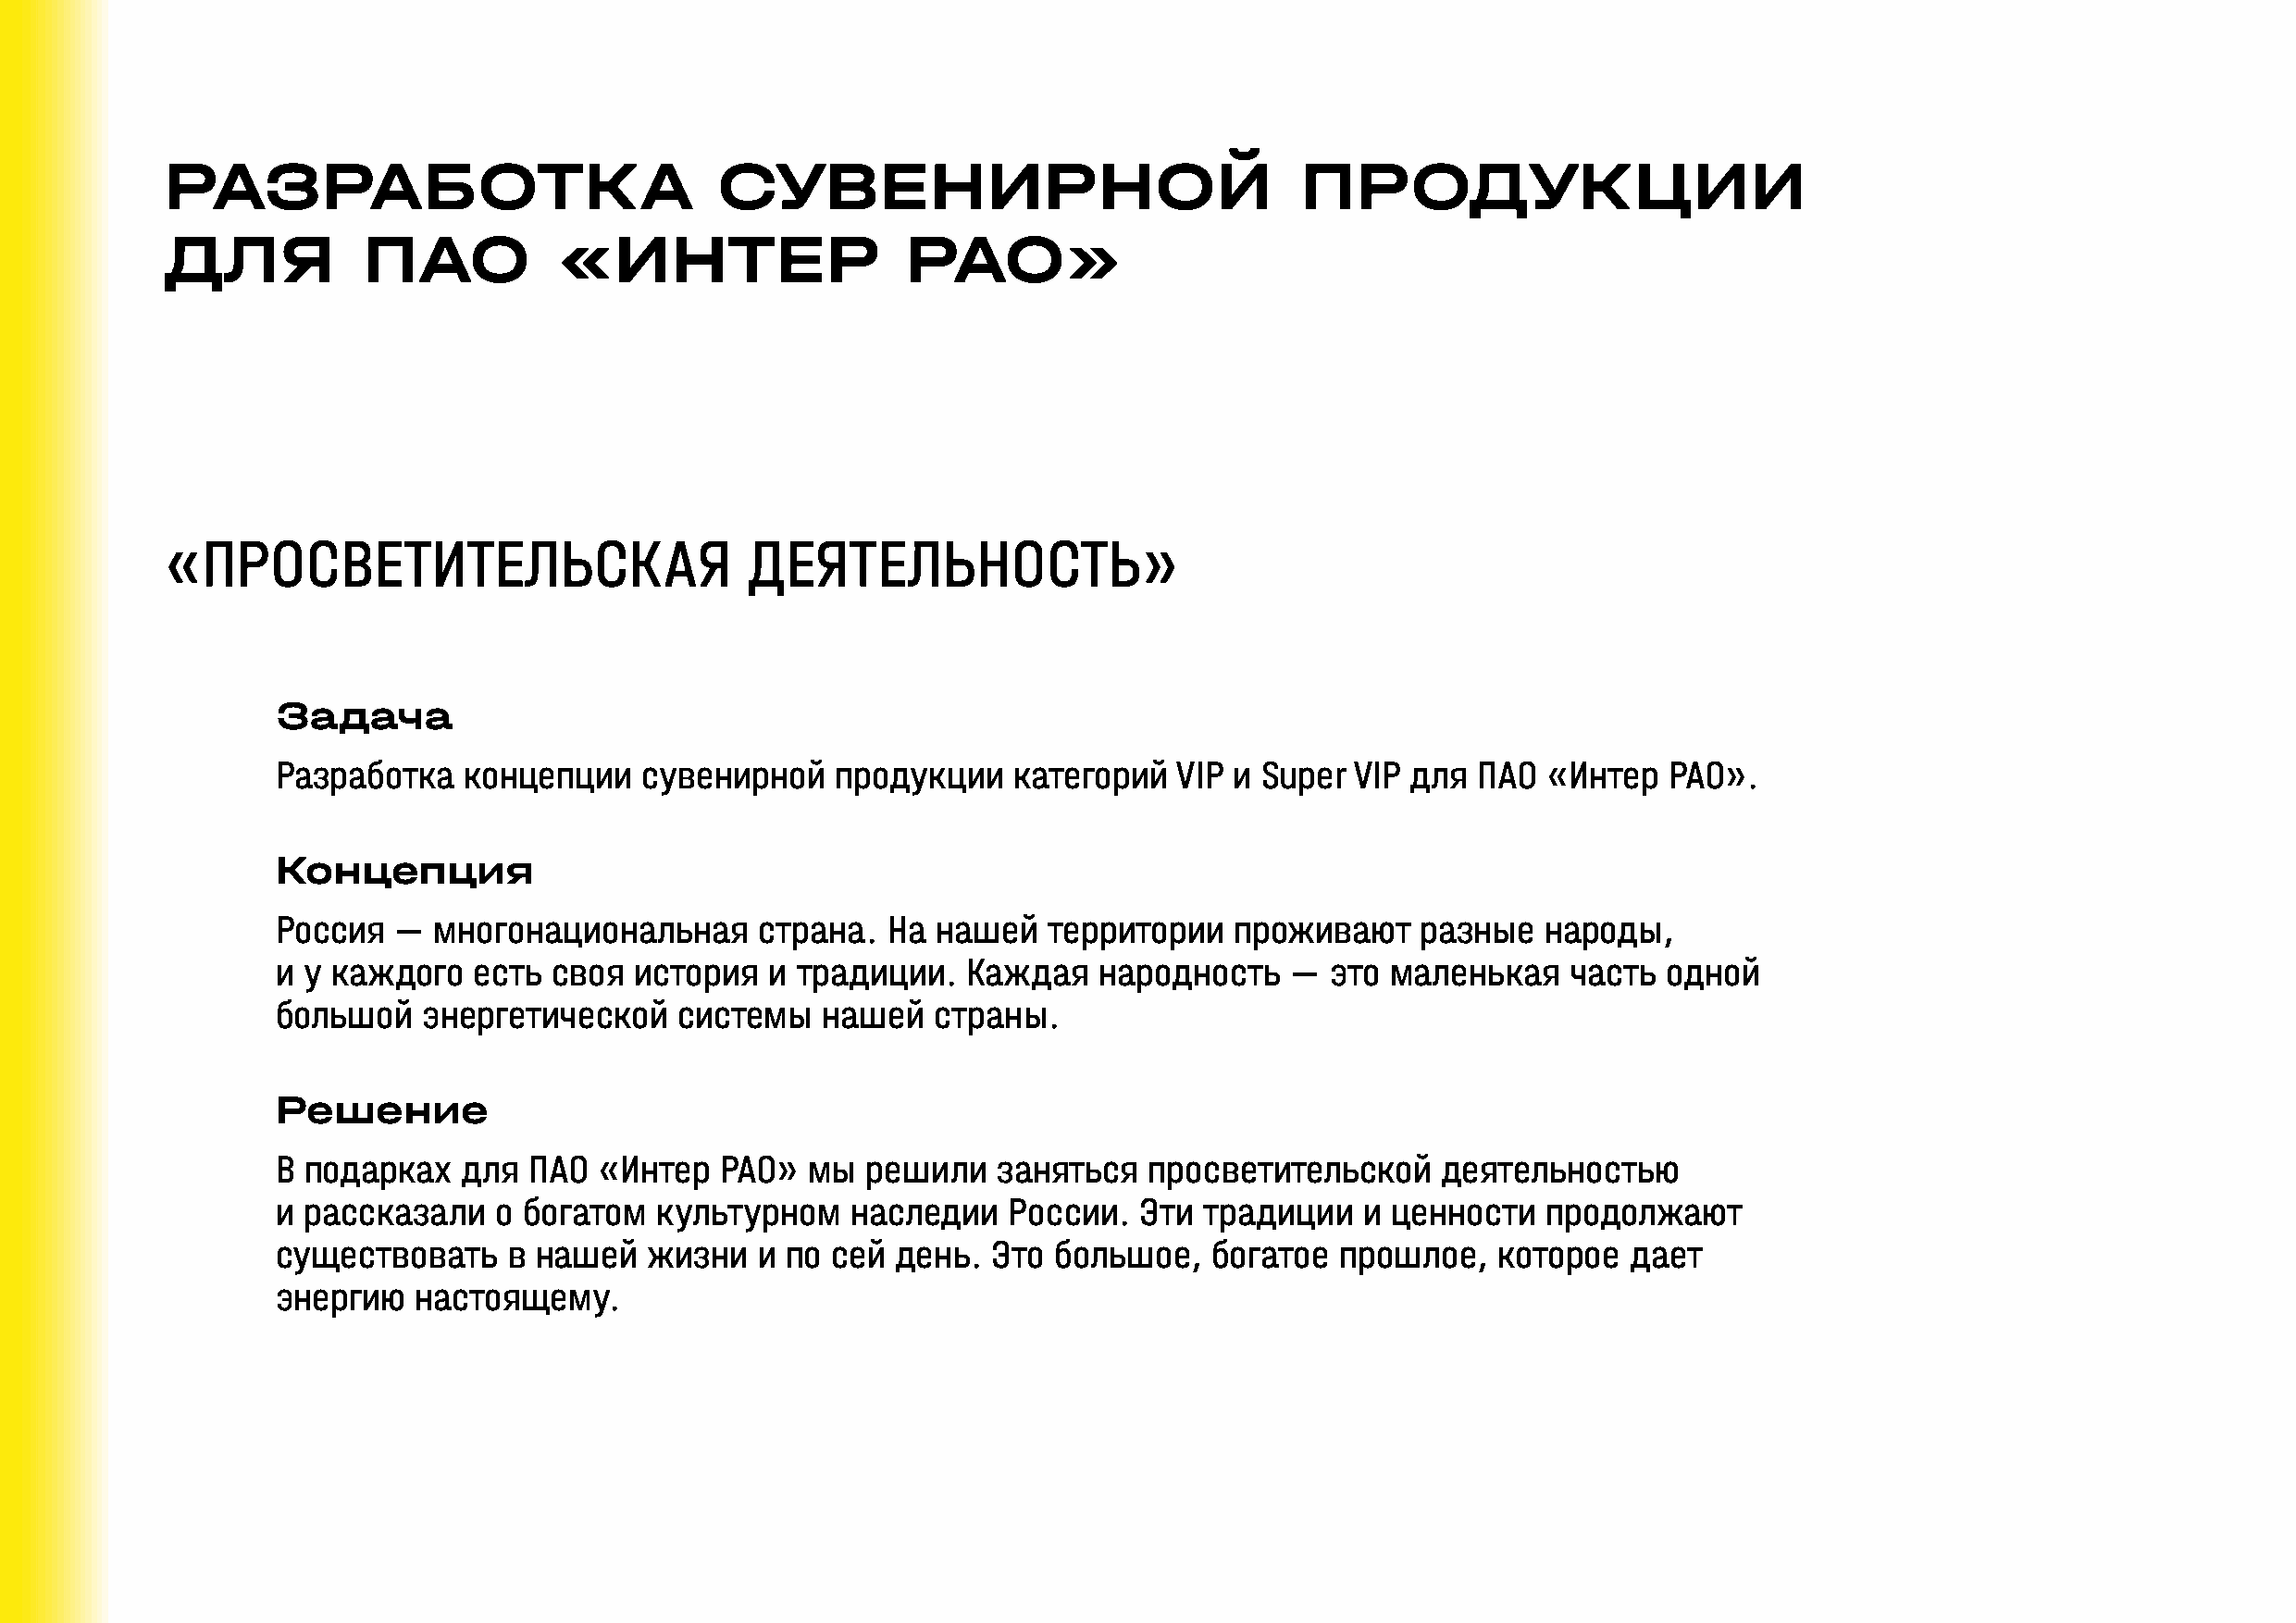
РАЗРАБОТКА                             СУВЕНИРНОЙ                                ПРОДУКЦИИ
 ДЛЯ           ПАО           «ИНТЕР                   РАО»
 «ПРОСВЕТИТЕЛЬСКАЯ                        ДЕЯТЕЛЬНОСТЬ»
 Задача
 Разработка   концепции    сувенирной    продукции    категорий  VIP и Super  VIP для  ПАО  «Интер  РАО».
 Концепция
 Россия  —  многонациональная      страна.  На  нашей   территории   проживают     разные  народы,
 и у каждого   есть  своя история   и традиции.   Каждая    народность   —  это маленькая    часть  одной
 большой   энергетической    системы    нашей   страны.
 Решение
 В подарках   для  ПАО  «Интер   РАО»  мы  решили   заняться   просветительской     деятельностью
 и рассказали   о богатом   культурном    наследии   России.   Эти традиции   и ценности    продолжают
 существовать    в нашей   жизни   и по сей  день.  Это большое,    богатое  прошлое,   которое   дает
 энергию   настоящему.